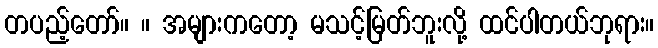
တပည့်တော်။ ။ အများကတော့ မသင့်မြတ်ဘူးလို့ ထင်ပါတယ်ဘုရား။